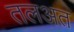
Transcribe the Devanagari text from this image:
तलअत